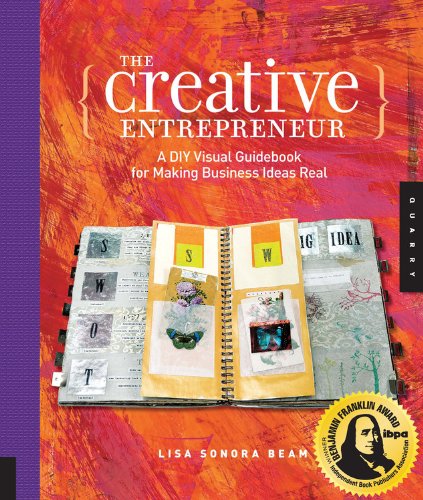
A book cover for The Creative Entrepreneur: A DIY Visual Guidebook for Making Business Ideas Real; Lisa Sonora Beam; Arts & Photography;